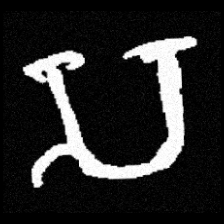
Pyu character \u2014 Myanmar letter: သ (romanized: sa)